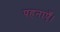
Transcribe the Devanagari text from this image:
पहनाएँ।